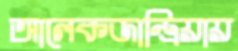
আলেকজান্দ্রিয়ায়